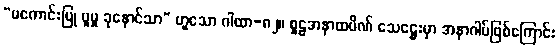
“မကောင်းပြု ပူမှု ခုနောင်သာ” ဟူသော ဂါထာ-၈၂။ စူဠအနာထပိဏ် သေဋ္ဌေးမှာ အနာဂါမ်ဖြစ်ကြောင်း